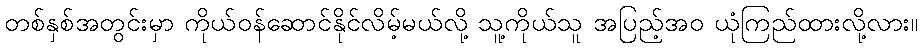
တစ်နှစ်အတွင်းမှာ ကိုယ်ဝန်ဆောင်နိုင်လိမ့်မယ်လို့ သူ့ကိုယ်သူ အပြည့်အဝ ယုံကြည်ထားလို့လား။